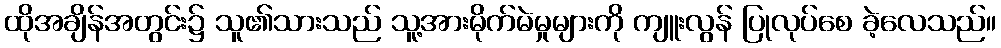
ထိုအချိန်အတွင်း၌ သူ၏သားသည် သူ့အားမိုက်မဲမှုများကို ကျူးလွန် ပြုလုပ်စေ ခဲ့လေသည်။